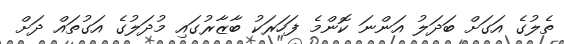
ތެލުގެ އަގަށް ބަދަލު އަންނަ ކޮންމެ ފަހަރަކު ބާޒާރުގައި މުދަލުގެ އަގުތައް ދަށް